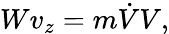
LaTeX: Wv_{z}=m{\dot{V}}V,